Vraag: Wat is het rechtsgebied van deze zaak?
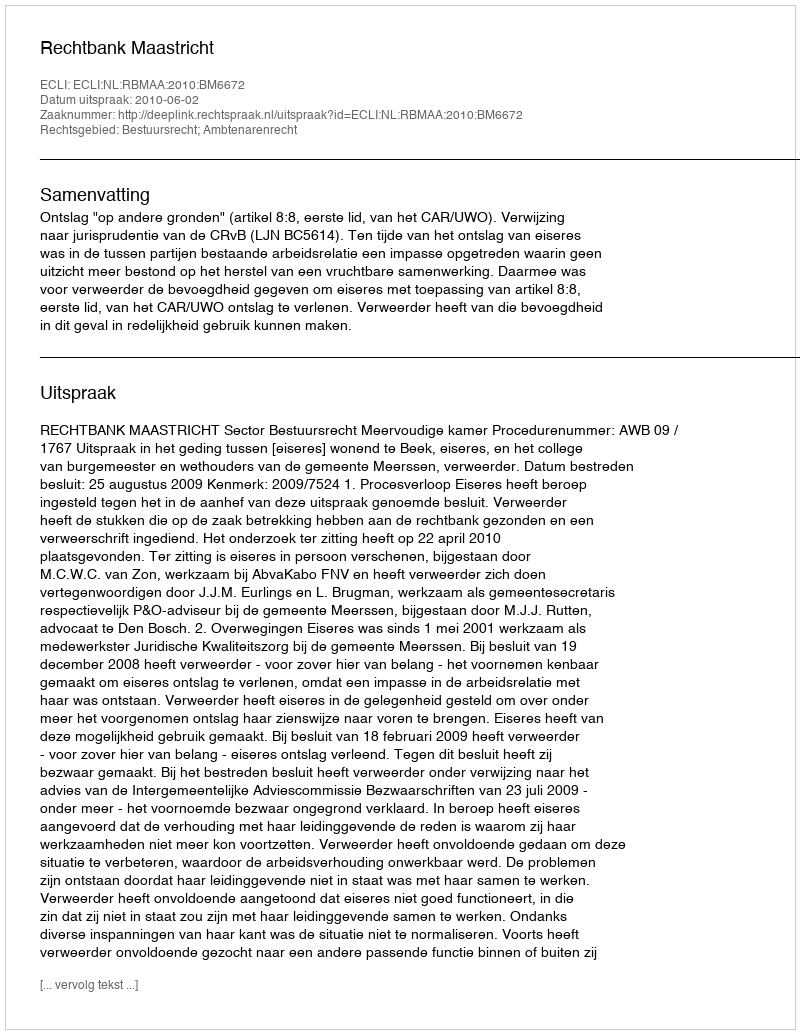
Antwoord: Bestuursrecht; Ambtenarenrecht